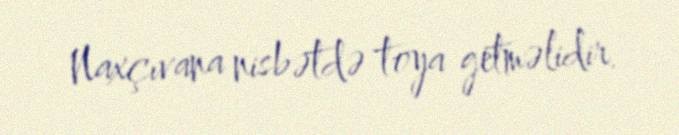
Naxçıvana nisbətdə toya getməlidir.